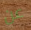
عن